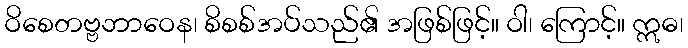
ဝိစေတဗ္ဗဘာဝေန၊ စိစစ်အပ်သည်၏ အဖြစ်ဖြင့်။ ဝါ၊ ကြောင့်။ ဣဓ၊